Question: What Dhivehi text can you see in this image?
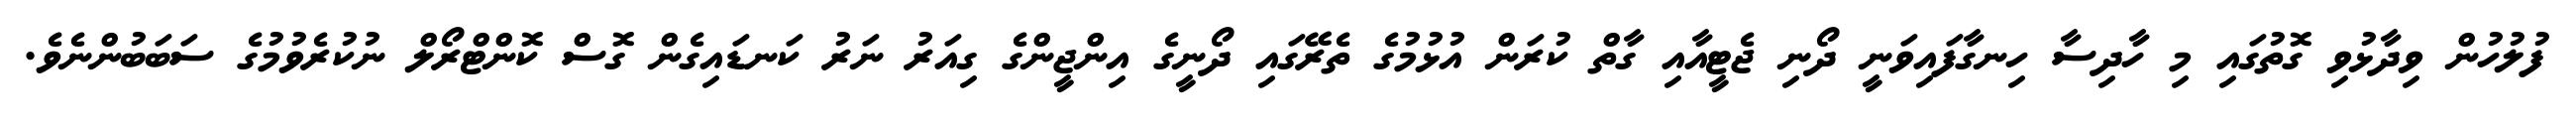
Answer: ފުލުހުން ވިދާޅުވި ގޮތުގައި މި ހާދިސާ ހިނގާފައިވަނީ ދޯނި ޖެޓީއާއި ގާތް ކުރަން އުޅުމުގެ ތެރޭގައި ދޯނީގެ އިންޖީންގެ ގިއަރު ނަރު ކަނޑައިގެން ގޮސް ކޮންޓްރޯލް ނުކުރެވުމުގެ ސަބަބުންނެވެ.